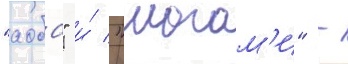
"аоба" и́ "могам'и" -